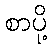
စာပို့